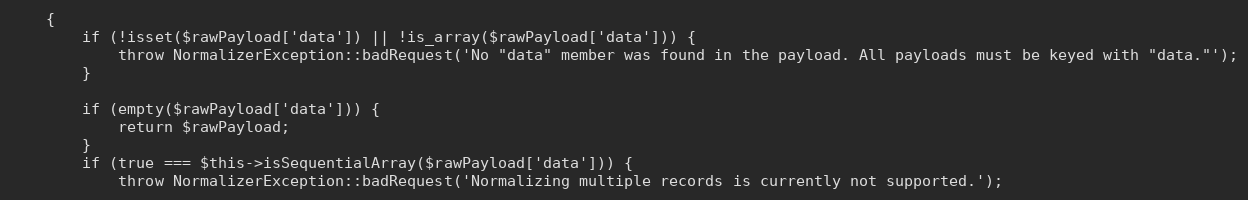
Language: PHP
    {
        if (!isset($rawPayload['data']) || !is_array($rawPayload['data'])) {
            throw NormalizerException::badRequest('No "data" member was found in the payload. All payloads must be keyed with "data."');
        }

        if (empty($rawPayload['data'])) {
            return $rawPayload;
        }
        if (true === $this->isSequentialArray($rawPayload['data'])) {
            throw NormalizerException::badRequest('Normalizing multiple records is currently not supported.');